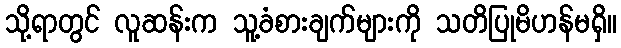
သို့ရာတွင် လူဆန်းက သူ့ခံစားချက်များကို သတိပြုမိဟန်မရှိ။